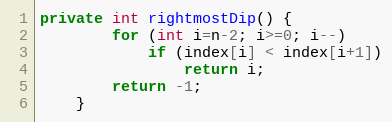
Language: Java
private int rightmostDip() {
		for (int i=n-2; i>=0; i--)
			if (index[i] < index[i+1])
				return i;
		return -1;
	}